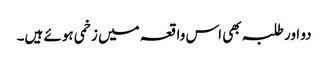
دو اور طلبہ بھی اس واقعہ میں زخمی ہوئے ہیں۔